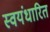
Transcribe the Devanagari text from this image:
स्वयंधारित